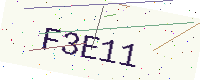
Text: F3E11